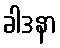
ခါဒနာ